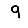
Digit: 9